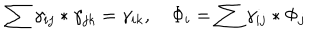
\sum \gamma _ { i j } * \gamma _ { j k } = \gamma _ { i k } , \quad \Phi _ { i } = \sum \gamma _ { i j } * \Phi _ { j }